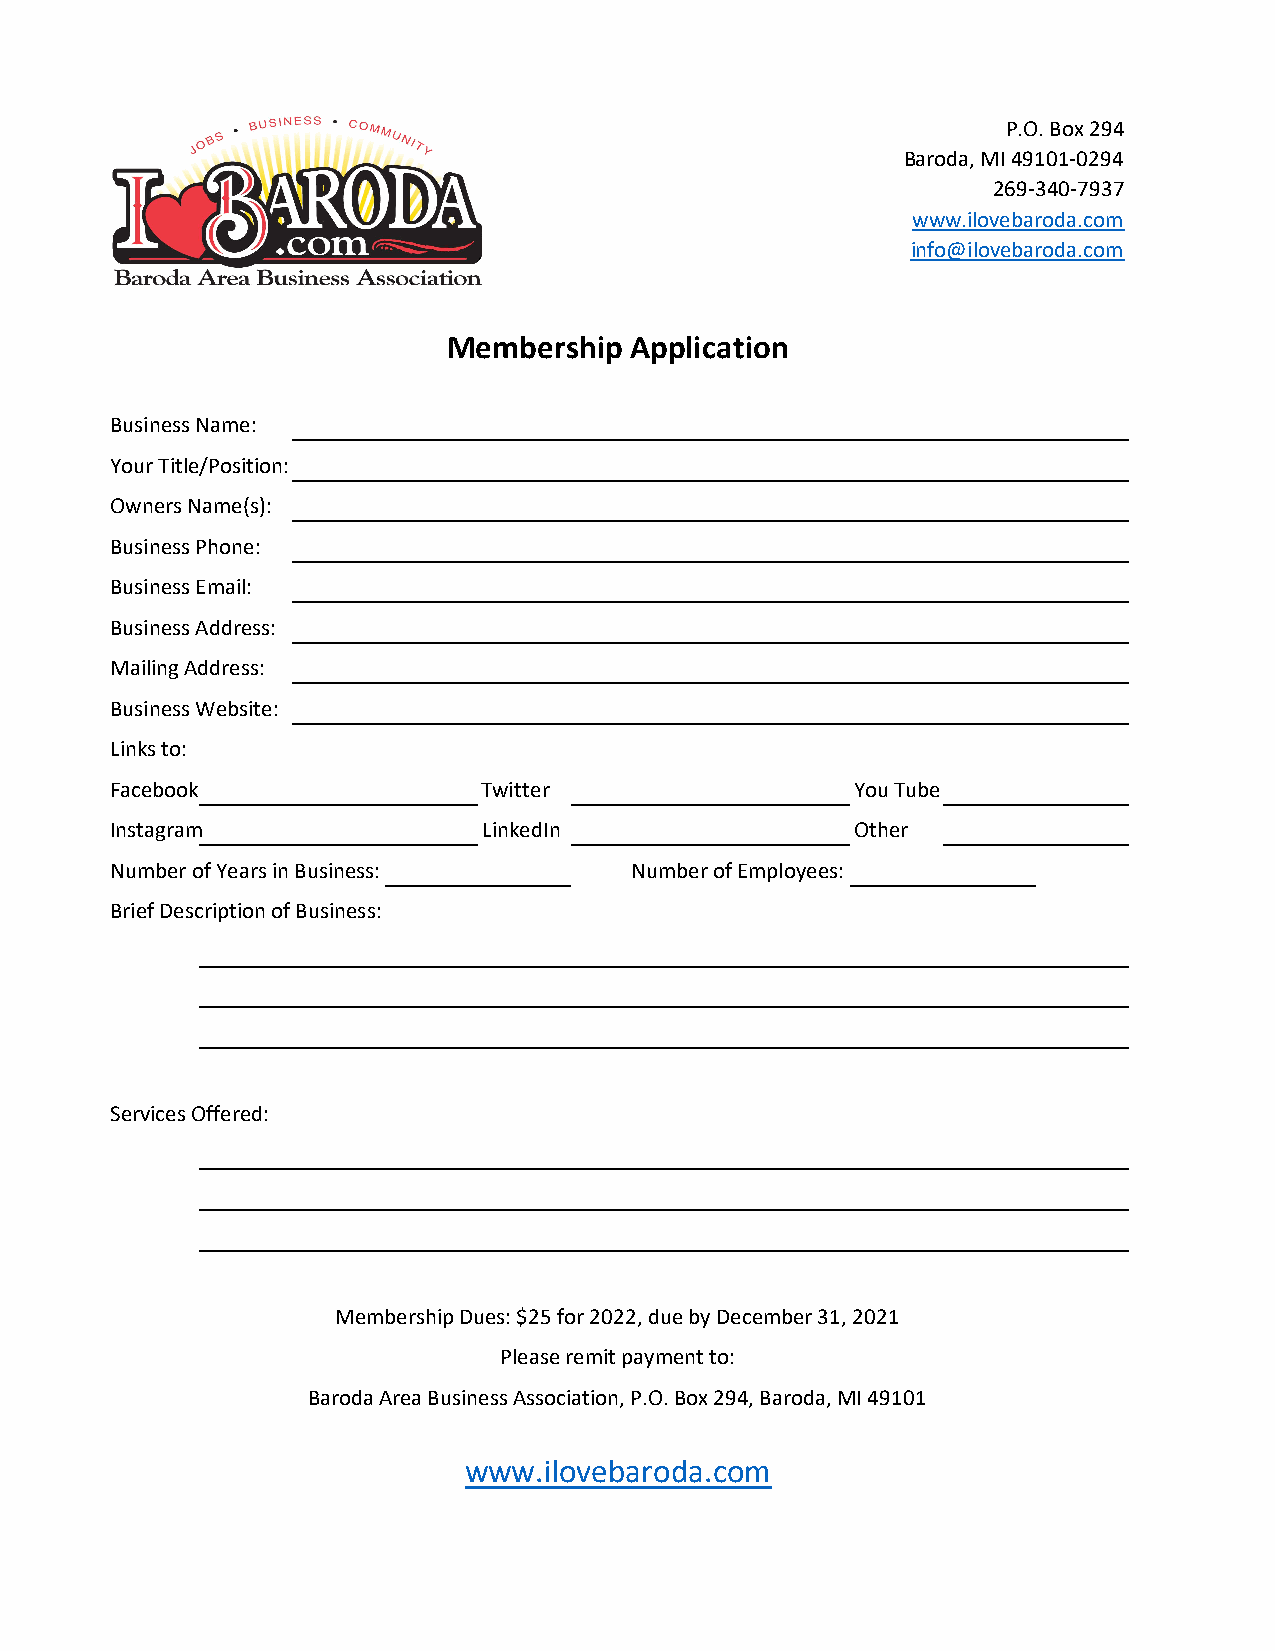
P.O. Box 294
 Baroda, MI 49101-0294
 269-340-7937
 www.ilovebaroda.com
 info@ilovebaroda.com
 Membership  Application
 Business Name:
 Your Title/Position:
 Owners Name(s):
 Business Phone:
 Business Email:
 Business Address:
 Mailing Address:
 Business Website:
 Links to:
 Facebook                 Twitter                  You Tube
 Instagram                LinkedIn                 Other
 Number of Years in Business:       Number of Employees:
 Brief Description of Business:
 Services Offered:
 Membership Dues: $25 for 2022, due by December 31, 2021
 Please remit payment to:
 Baroda Area Business Association, P.O. Box 294, Baroda, MI 49101
 www.ilovebaroda.com